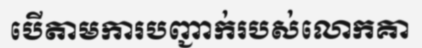
បើតាមការបញ្ជាក់របស់លោកគា